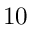
1 0